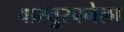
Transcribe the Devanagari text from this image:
वास्तुरचनेला